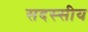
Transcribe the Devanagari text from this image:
सदस्सीय